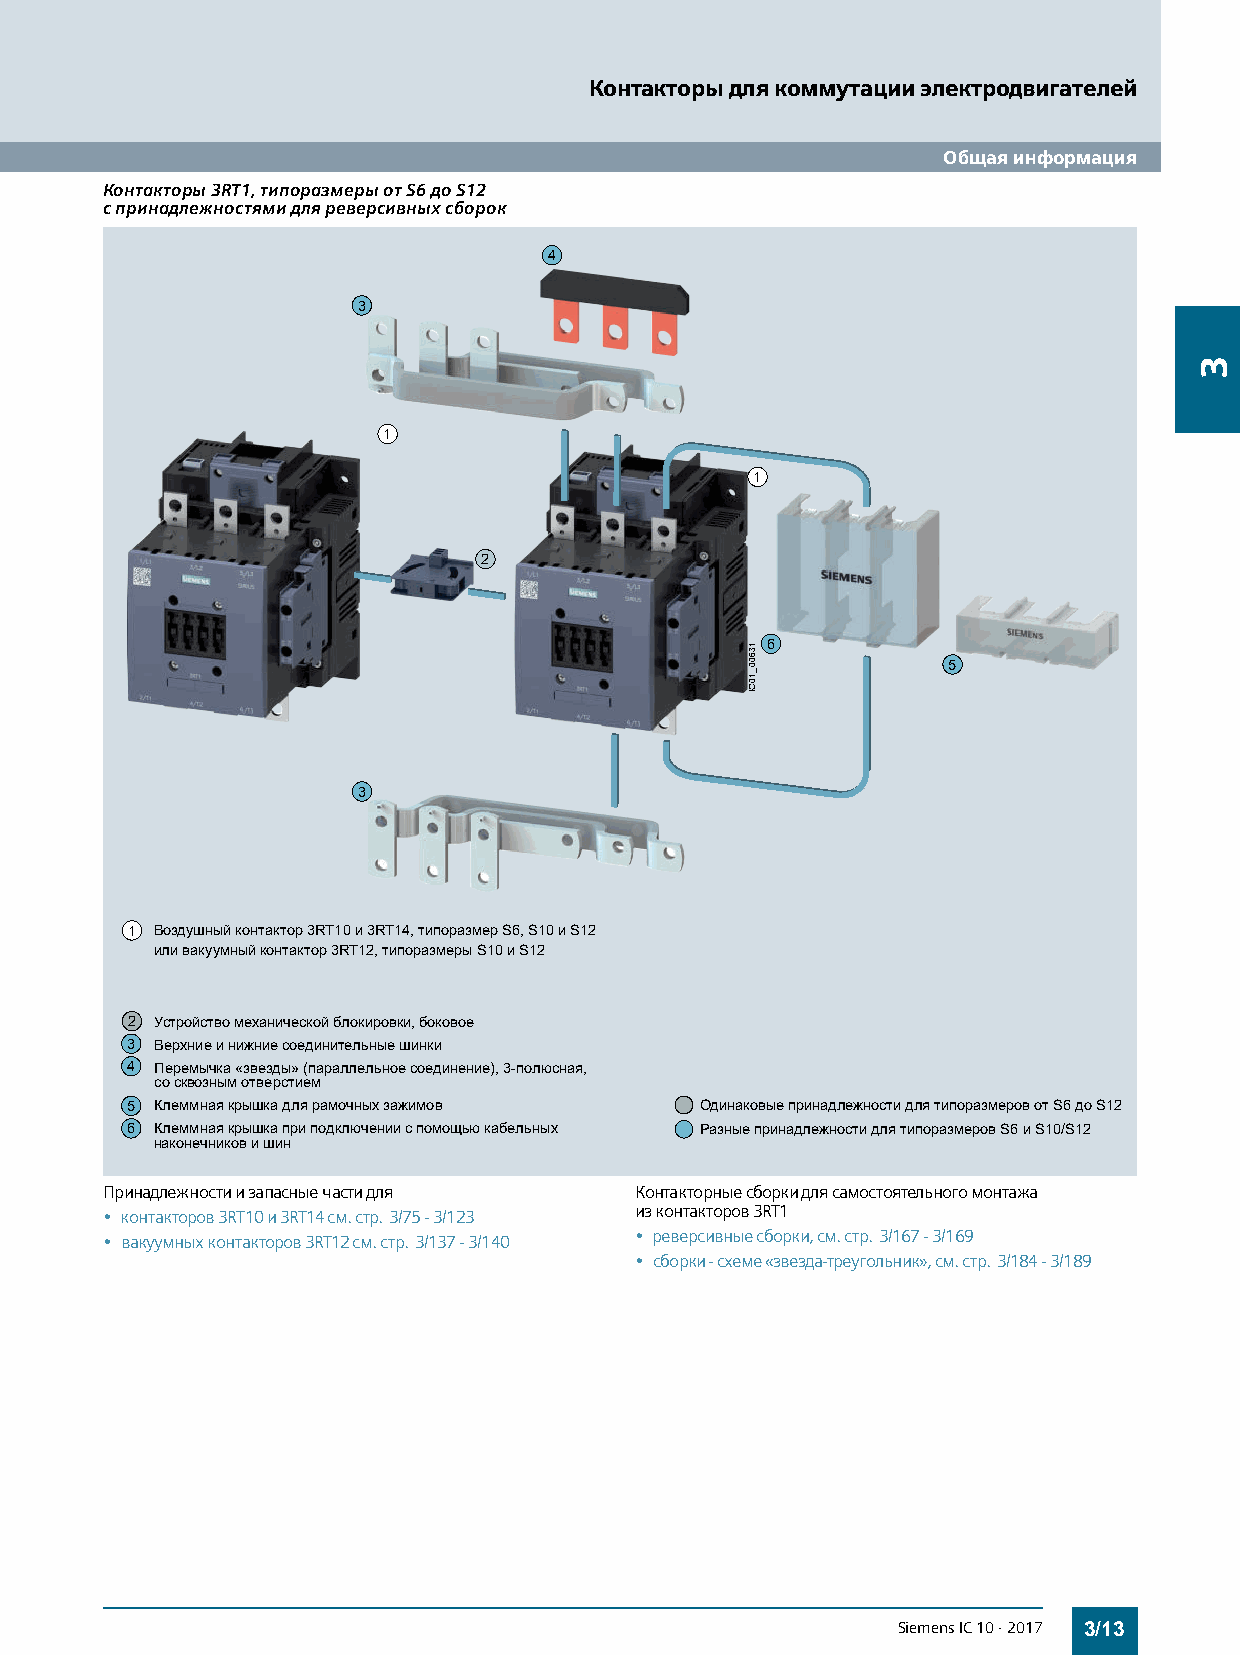
Контакторы для коммутации электродвигателей
 Общая информация
 Контакторы 3RT1, типоразмеры от S6 до S12
 с принадлежностями для реверсивных сборок
 4
 3
 1
 1
 2
 C01_00631 6
 5
 I
 3
 1 Воздушныйконтактор3RT10и3RT14,типоразмерS6, S10иS12
 иливакуумныйконтактор3RT12,типоразмерыS10иS12
 2 Устройствомеханическойблокировки,боковое
 3 Верхниеинижниесоединительныешинки
 4 Перемычка«звезды» (параллельноесоединение), 3-полюсная,
 сосквознымотверстием
 5 Клеммнаякрышкадлярамочныхзажимов    ОдинаковыепринадлежностидлятипоразмеровотS6доS12
 6 Клеммнаякрышкаприподключенииспомощьюкабельных РазныепринадлежностидлятипоразмеровS6иS10/S12
 наконечниковишин
 Принадлежности и запасные части для Контакторные сборки для самостоятельного монтажа
 • контакторов 3RT10 и 3RT14 см. стр. 3/75 - 3/123 изконтакторов3RT1
 • вакуумных контакторов 3RT12 см. стр. 3/137 - 3/140 • реверсивные сборки, см. стр. 3/167 - 3/169
 • сборки - схеме «звезда-треугольник», см. стр. 3/184 - 3/189
 Siemens IC 10 · 2017 3/13
 3